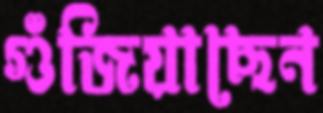
গুঁজিয়াছেন